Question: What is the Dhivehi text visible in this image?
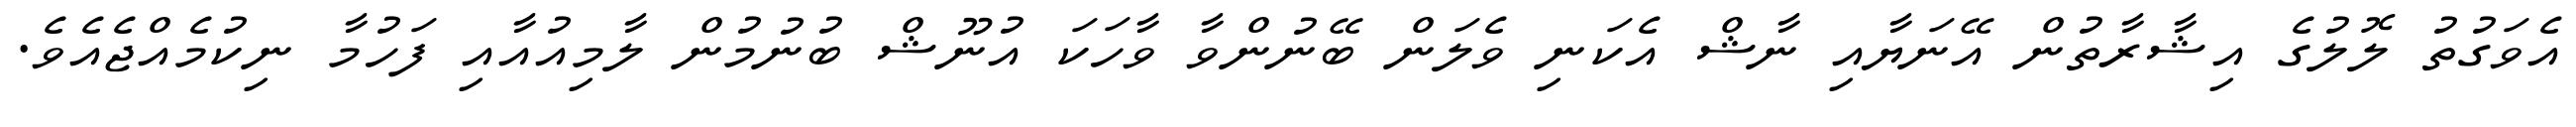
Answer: އެވަގުތު ލޮލުގެ އިޝާރާތުން އޭނަޔާއި ނާޝް އެކަނި ވެލަން ބޭނުންވާ ވާހަކަ އުނޫޝް ބުނުމުން ލާމިއުއާއި ފަހުމާ ނިކުމެއްޖެއެވެ.